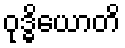
ဝုဒ္ဓိယောတိ